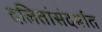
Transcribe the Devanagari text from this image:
दलितांसंदर्भात